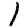
Digit: 1